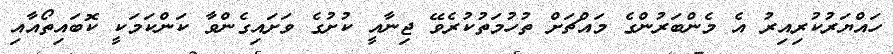
ހައްޔަރުކުރިއިރު އެ މެންބަރުންގެ މައްޗަށް ތުހުމަތުކުރެވޭ ޖިނާއީ ކުށުގެ ވަށައިގެންވާ ކަންކަމަކީ ކޮބައިތޯއާއި